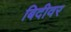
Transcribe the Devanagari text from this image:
बिदीवर